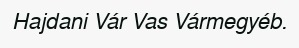
Hajdani Vár Vas Vármegyéb.